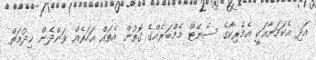
އަދި އެކަމަނާއަކީ އެމެރިކާގެ ސެނޭޓް މެމްބަރެއްގެ ގޮތުން އެތައް އަހަރެއް ވަންދެން ޚިދުމަތް